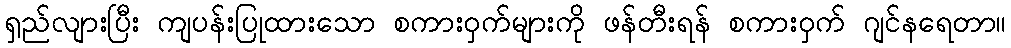
ရှည်လျားပြီး ကျပန်းပြုထားသော စကားဝှက်များကို ဖန်တီးရန် စကားဝှက် ဂျင်နရေတာ။